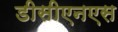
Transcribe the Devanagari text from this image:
डीसीएनएस